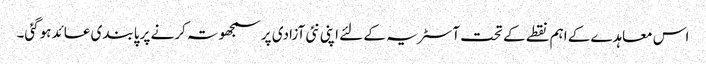
اس معاہدے کے اہم نقطے کے تحت آسٹریہ کے لئے اپنی نئی آزادی پر سمجھوتہ کرنے پر پابندی عائد ہوگئی۔